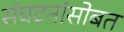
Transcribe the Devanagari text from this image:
संघटनांसोबत